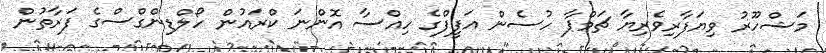
މަޝްހޫރު ވިޔަފާރިވެރިޔާ ޗަމްޕާ ހުސެން އަފީފްގެ ހިއްސާ އޮންނަ ކްރައުން ހޯލްޑިންގްސްގެ ފަރާތުން